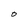
Character: O